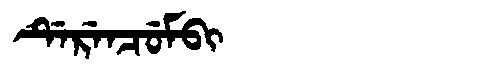
Manchu: ᡩᡝᡵᡝᠨᠴᡠᠮᠪᡳ
Romanization: DERENCUMBI